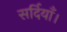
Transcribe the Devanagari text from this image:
सर्दियाँ।